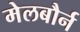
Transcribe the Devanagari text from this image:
मेलबौर्न